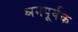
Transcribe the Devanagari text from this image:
श्रमपूर्वक